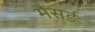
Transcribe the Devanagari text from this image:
मैंसर्ड